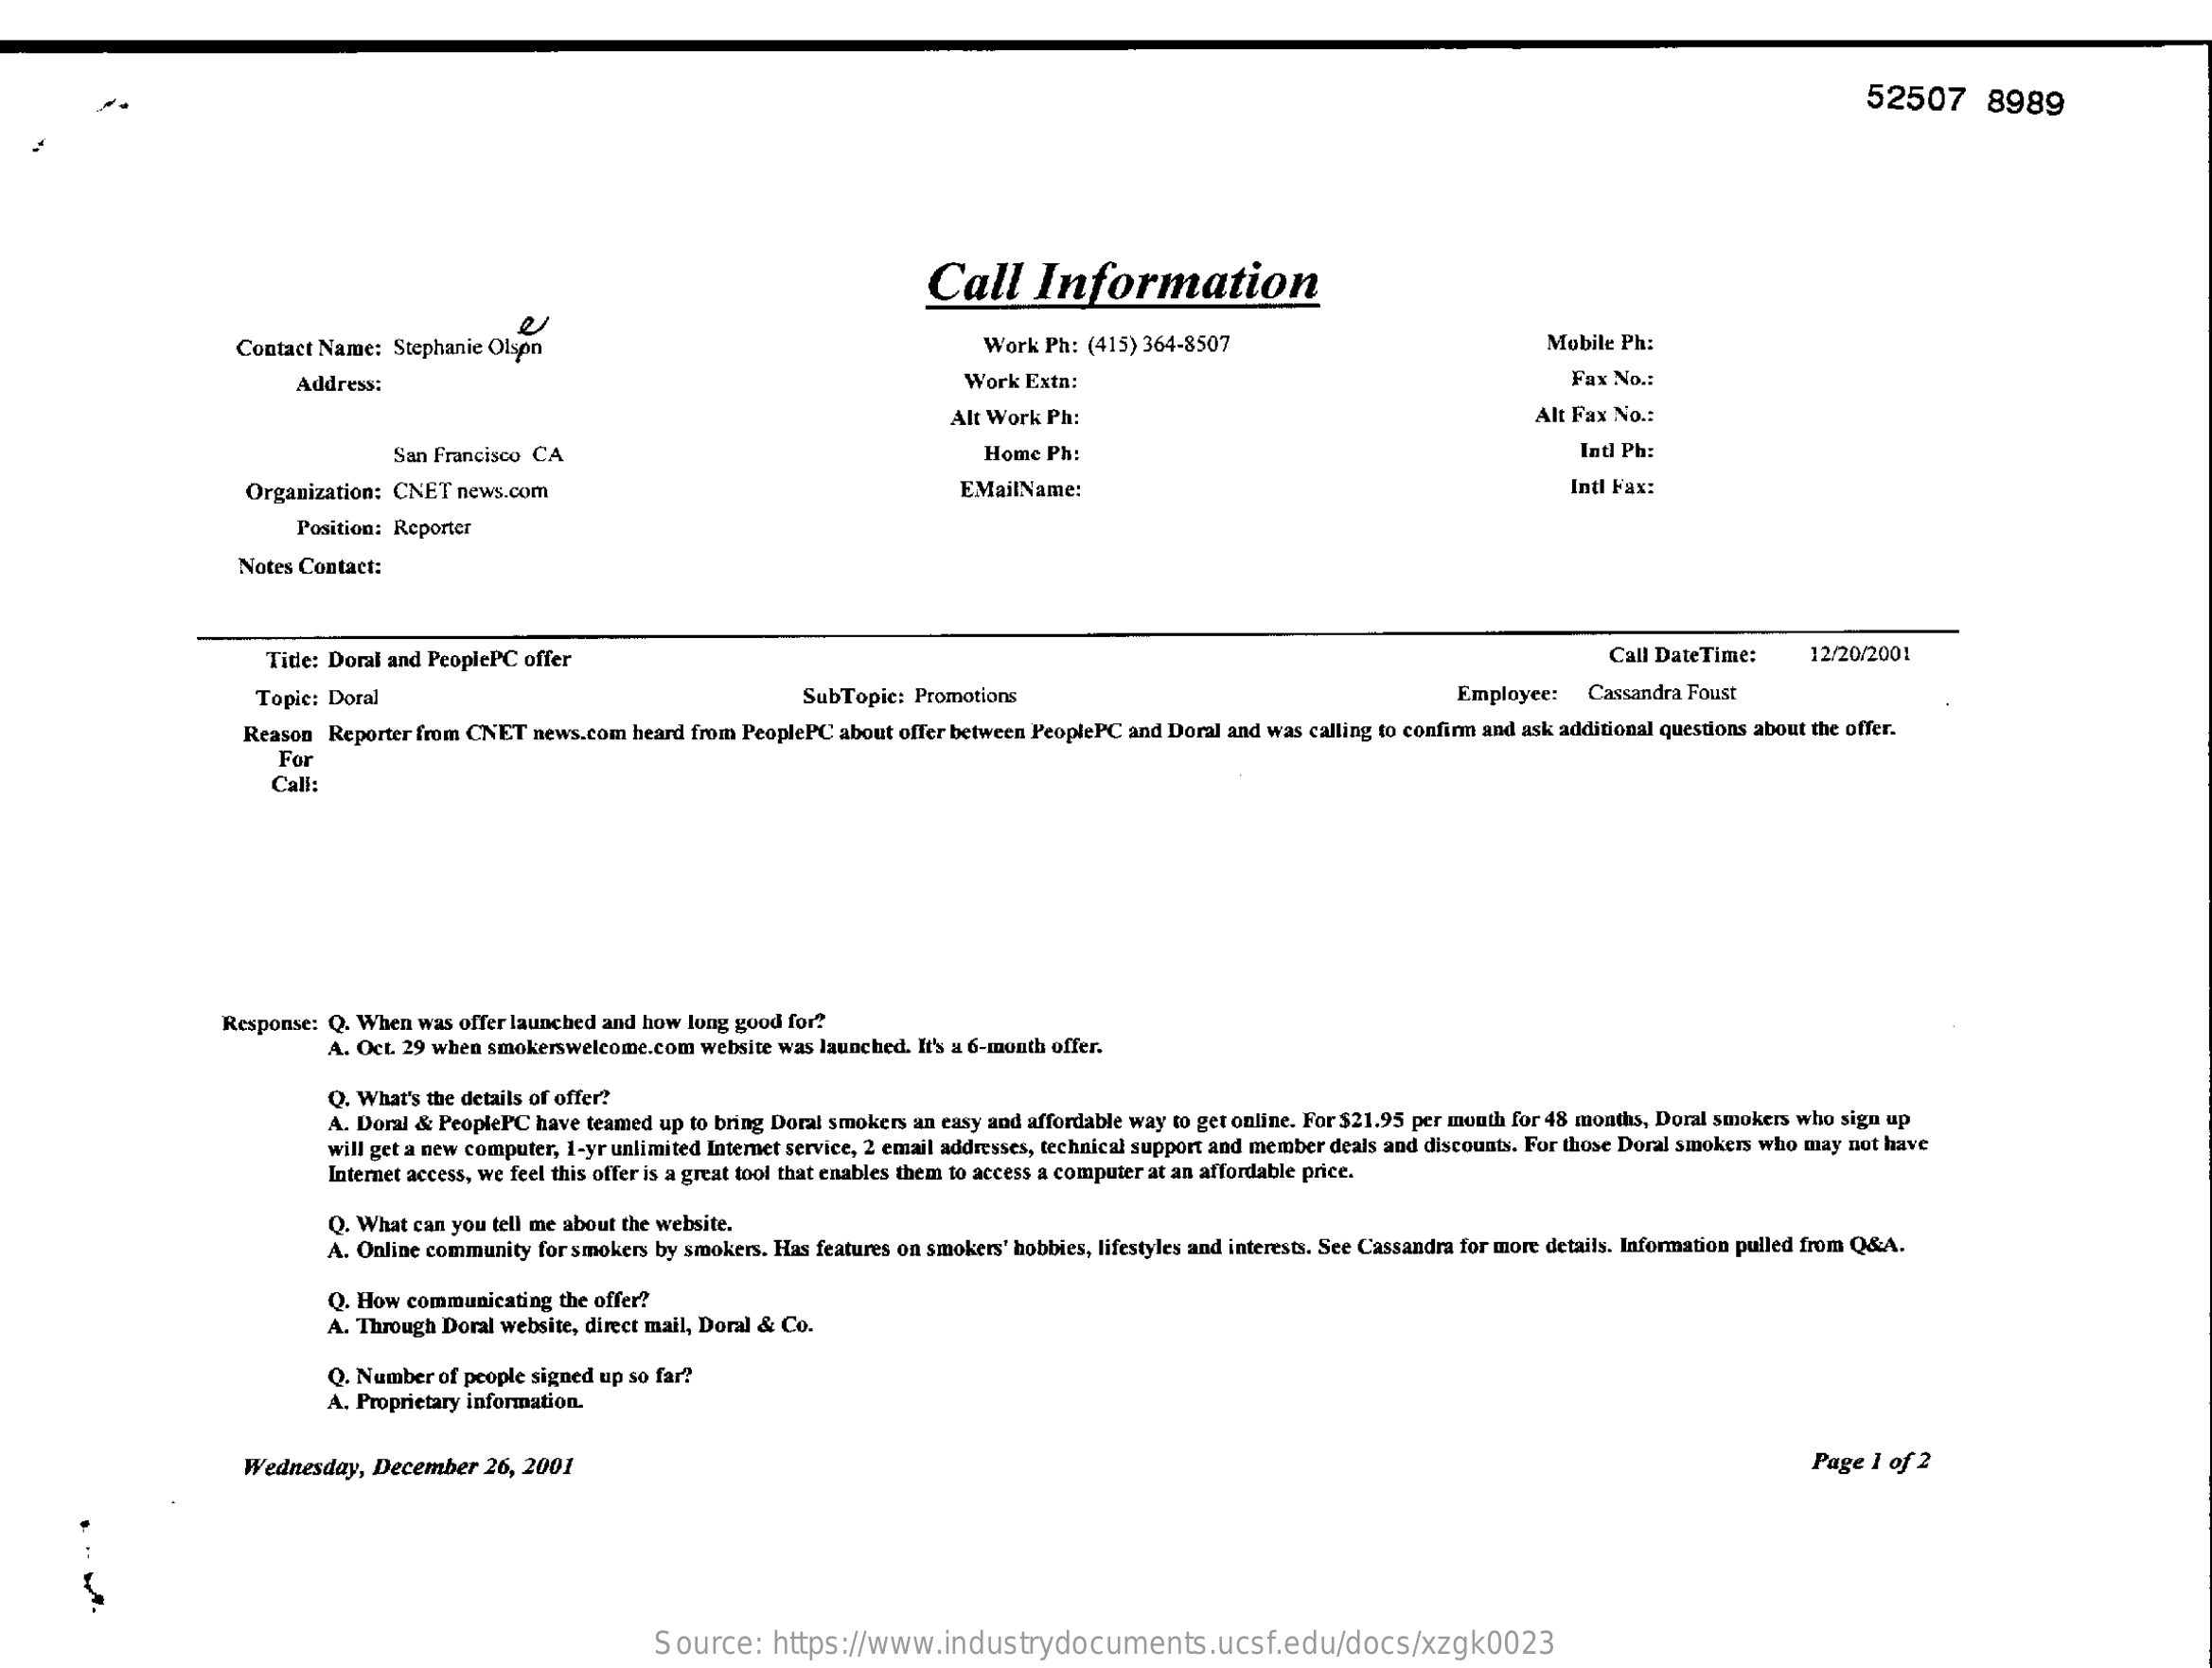
52507    8989
     Call    Information
     Contact Name: Stephanie Olson    Work Ph: (415) 364-8507    Mobile Ph:
     Address:    Work Extn:    Fax No .:
     Alt Work Ph:    Alt Fax No .:
     San Francisco CA    Home Ph:    Intl Ph:
     Organization: CNET news.com    EMailName:    Ind Fax:
     Position: Reporter
     Notes Contact:
     Title: Doral and PeoplePC offer    Call DateTime:   12/20/2001
     Topic: Doral    SubTopie: Promotions    Employee:  Cassandra Foust
     Reason Reporter from CNET news.com heard from PeoplePC about offer between PeoplePC and Doral and was calling to confirm and ask additional questions about the offer.
     For
     Call:
     Response: Q. When was offer launched and how long good for?
     A. Oct. 29 when smokerswelcome.com website was launched. It's a 6-month offer.
     Q. What's the details of offer?
     A. Doral & PeoplePC have teamed up to bring Doral smokers an easy and affordable way to get online. For $21.95 per month for 48 months, Doral smokers who sign up
     will get a new computer, 1-yr unlimited Internet service, 2 email addresses, technical support and member deals and discounts. For those Doral smokers who may not have
     Internet access, we feel this offer is a great tool that enables them to access a computer at an affordable price.
     Q. What can you tell me about the website.
     A. Online community for smokers by smokers. Has features on smokers' hobbies, lifestyles and interests. See Cassandra for more details. Information pulled from Q&A.
     Q. How communicating the offer?
     A. Through Doral website, direct mail, Doral & Co.
     Q. Number of people signed up so far?
     A. Proprietary information.
     Wednesday, December  26, 2001    Page 1 of 2
     Source:    https://www.industrydocuments.ucsf.edu/docs/xzgk0023